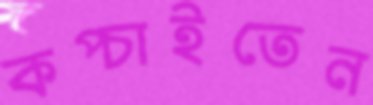
কপ্‌চাইতেন